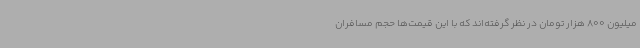
میلیون 800 هزار تومان در نظر گرفته‌اند که با این قیمت‌ها حجم مسافران